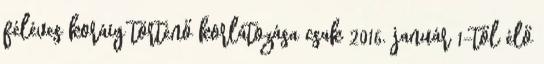
féléves koráig történő korlátozása csak 2016. január 1-től élő